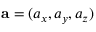
\mathbf { a } = ( a _ { x } , a _ { y } , a _ { z } )